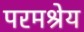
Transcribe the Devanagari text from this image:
परमश्रेय